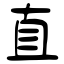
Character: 直